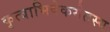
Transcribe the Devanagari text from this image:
कृत्वाभिषेकमेतस्य